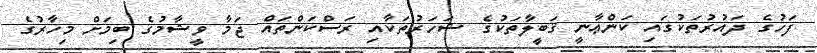
ފަހުގެ ދައުރުތަކުގައި ކަންޢާނީ ޤަބީލާތަކުގެ ޝަހަރުތަކާއި ރަސްކަންތައް ޖަމާ ވީޝާމުގެ ބިމަށް މިހާރުގެ